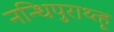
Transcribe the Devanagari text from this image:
नन्धिपुराथ्त्हू